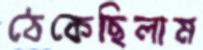
ঠেকেছিলাম